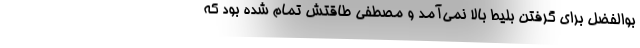
بوالفضل برای گرفتن بلیط بالا نمی‌آمد و مصطفی طاقتش تمام شده بود که